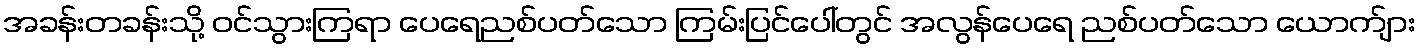
အခန်းတခန်းသို့ ဝင်သွားကြရာ ပေရေညစ်ပတ်သော ကြမ်းပြင်ပေါ်တွင် အလွန်ပေရေ ညစ်ပတ်သော ယောက်ျား